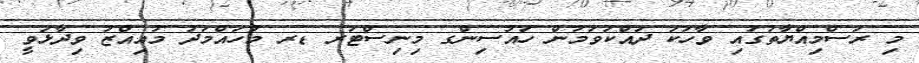
މި ރަސްމިއްޔާތުގައި ވާހަކަ ދައްކަވަމުން ހައުސިންގ މިނިސްޓަރ ޑރ މުހައްމަދު މުއިއްޒު ވިދާޅުވީ